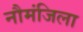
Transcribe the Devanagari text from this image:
नौमंजिला